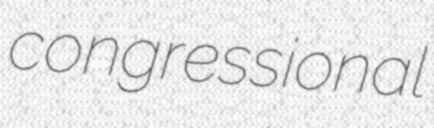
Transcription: congressional